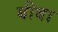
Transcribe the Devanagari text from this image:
बीबा